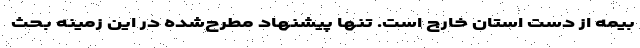
بیمه از دست استان خارج است. تنها پیشنهاد مطرح‌شده در این زمینه بحث